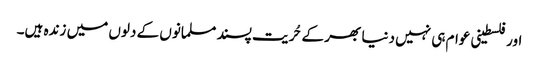
اور فلسطینی عوام ہی نہیں دنیا بھر کے حُریت پسند مسلمانوں کے دلوں میں زندہ ہیں۔